Report of the King Institute of Preventive Medicine, Guindy
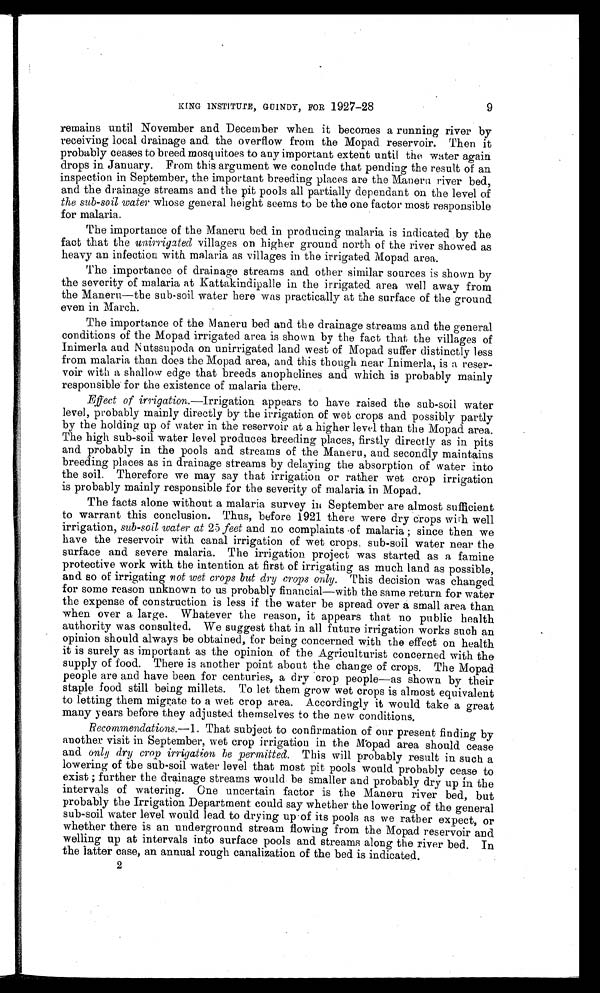
KING INSTITUTE, GUINDY, FOR 1927-28
9
remains until November and December when it becomes a running river by
receiving local drainage and the overflow from the Mopad reservoir. Then it
probably ceases to breed mosquitoes to any important extent until the water again
drops in. January. From this argument we conclude that pending the result of an
inspection in September, the important breeding places are the Maneru river bed,
and the drainage streams and the pit pools all partially dependant on the level of
the sub-soil water whose general height seems to be the one factor most responsible
for malaria.
The importance of the Maneru bed in producing malaria is indicated by the
fact that the unirrigated villages on higher ground north of the river showed as
heavy an infection with malaria as villages in the irrigated Mopad area.
The importance of drainage streams and other similar sources is shown by
the severity of malaria at Kattakindipalle in the irrigated area well away from
the Maneru—the sub-soil water here was practically at the surface of the ground
even in March.
The importance of the Maneru bed and the drainage streams and the general
conditions of the Mopad irrigated area is shown by the fact that the villages of
Inimerla and Nutssupoda on unirrigated land west of Mopad suffer distinctly less
from malaria than does the Mopad area, and this though near Inimerla, is a reser-
voir with a shallow edge that breeds anophelires and which is probably mainly
responsible for the existence of malaria there.
Effect of irrigation.—Irrigation appears to have raised the sub-soil water
level, probably mainly directly by the irrigation of wet crops and possibly partly
by the holding up of water in the reservoir at a higher level than the Mopad area.
The high sub-soil water level produces breeding places, firstly directly as in pits
and probably in the pools and streams of the Maneru, and secondly maintains
breeding places as in drainage streams by delaying the absorption of water into
the soil. Therefore we may say that irrigation or rather wet crop irrigation
is probably mainly responsible for the severity of malaria in Mopad.
The facts alone without a malaria survey in September are almost sufficient
to warrant this conclusion. Thus, before 1921 there were dry crops with well
irrigation, sub-soil water at 25 feet and no complaints of malaria ; since then we
have the reservoir with canal irrigation of wet crops, sub-soil water near the
surface and severe malaria. The irrigation project was started as a famine
protective work with the intention at first of irrigating as much land as possible,
and so of irrigating not wet crops but dry crops only. This decision was changed
for some reason unknown to us probably financial—with the same return for water
the expense of construction is less if the water be spread over a small area than
when over a large. Whatever the reason, it appears that no public health
authority was consulted. We suggest that in all future irrigation works such an
opinion should always be obtained, for being concerned with the effect on health
it is surely as important as the opinion of the Agriculturist concerned with the
supply of food. There is another point about the change of crops. The Mopad
people are and have been for centuries, a dry crop people—as shown by their
staple food still being millets. To let them grow wet crops is almost equivalent
to letting them migrate to a wet crop area. Accordingly it would take a great
many years before they adjusted themselves to the new conditions.
Recommendations.—1. That subject to confirmation of our present finding by
another visit in September, wet crop irrigation in the Mopad area should cease
and only dry crop irrigation he permitted. This will probably result in such a
lowering of the sub-soil water level that most pit pools would probably cease to
exist ; further the drainage streams would be smaller and probably dry up in the
intervals of watering. One uncertain factor is the Maneru river bed, but
probably the Irrigation Department could say whether the lowering of the general
sub-soil water level would lead to drying up.of its pools as we rather expect, or
whether there is an underground stream flowing from the Mopad reservoir and
welling up at intervals into surface pools and streams along the river bed. In
the latter case, an annual rough canalization of the bed is indicated.
2